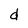
Character: d